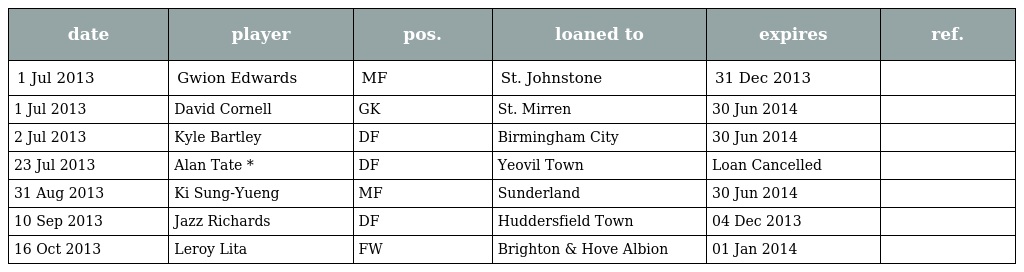
| date | player | pos. | loaned to | expires | ref. |
 | --- | --- | --- | --- | --- | --- |
 | 1 Jul 2013 | Gwion Edwards | MF | St. Johnstone | 31 Dec 2013 |  |
 | 1 Jul 2013 | David Cornell | GK | St. Mirren | 30 Jun 2014 |  |
 | 2 Jul 2013 | Kyle Bartley | DF | Birmingham City | 30 Jun 2014 |  |
 | 23 Jul 2013 | Alan Tate * | DF | Yeovil Town | Loan Cancelled |  |
 | 31 Aug 2013 | Ki Sung-Yueng | MF | Sunderland | 30 Jun 2014 |  |
 | 10 Sep 2013 | Jazz Richards | DF | Huddersfield Town | 04 Dec 2013 |  |
 | 16 Oct 2013 | Leroy Lita | FW | Brighton & Hove Albion | 01 Jan 2014 |  |